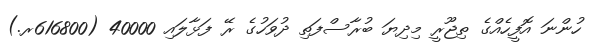
ހުންނަ އޮފީހެއްގެ ތިޖޫރީ މިދިޔަ ބުރާސްފަތި ދުވަހުގެ ރޭ ފަޅާލައި 40000 (616800ރ.)